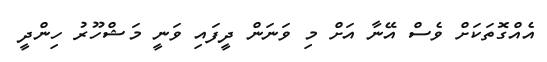
އެއްގޮތަކަށް ވެސް އޭނާ އަށް މި ވަނަން ދީފައި ވަނީ މަޝްހޫރު ހިންދީ